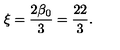
\xi = \frac { 2 \beta _ { 0 } } { 3 } = \frac { 2 2 } { 3 } .